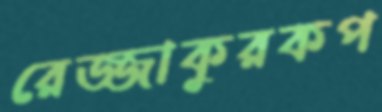
রেজ্জাকুরকপ